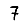
Digit: 7